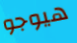
هيوجو